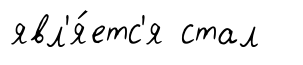
явл'я́етс'я стал